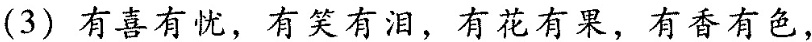
(3) 有喜有忧，有笑有泪，有花有果，有香有色，